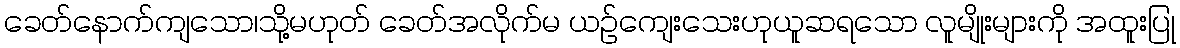
ခေတ်နောက်ကျသော၊သို့မဟုတ် ခေတ်အလိုက်မ ယဉ်ကျေးသေးဟုယူဆရသော လူမျိုးများကို အထူးပြု